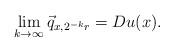
LaTeX: \begin{align*}\lim_{k \to \infty} \vec q_{x, 2^{-k}r}=Du(x).\end{align*}